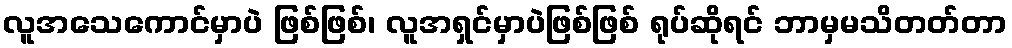
လူအသေကောင်မှာပဲ ဖြစ်ဖြစ်၊ လူအရှင်မှာပဲဖြစ်ဖြစ် ရုပ်ဆိုရင် ဘာမှမသိတတ်တာ